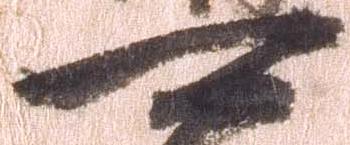
可